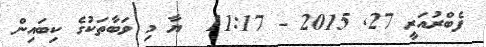
ފެބްރުއަރީ 27